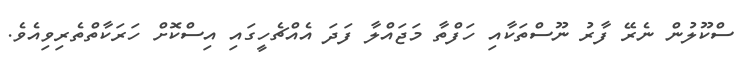
ސްކޫލުން ނެރޭ ފާރު ނޫސްތަކާއި ހަފްތާ މަޖައްލާ ފަދަ އެއްޗެހީގައި އިސްކޮށް ހަރަކާތްތެރިވިއެވެ.